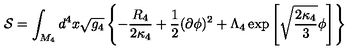
{ \cal S } = \int _ { M _ { 4 } } d ^ { 4 } x \sqrt { g _ { 4 } } \left\{ - \frac { R _ { 4 } } { 2 \kappa _ { 4 } } + \frac { 1 } { 2 } ( \partial \phi ) ^ { 2 } + \Lambda _ { 4 } \exp \left[ \sqrt { \frac { 2 \kappa _ { 4 } } { 3 } } \phi \right] \right\}